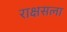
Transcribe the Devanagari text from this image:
राक्षसला